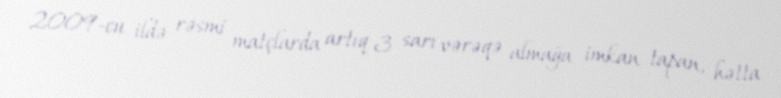
2009-cu ildə rəsmi matçlarda artıq 3 sarı vərəqə almağa imkan tapan, hətta